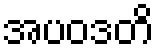
အပဝဒတိ